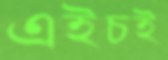
এইচই